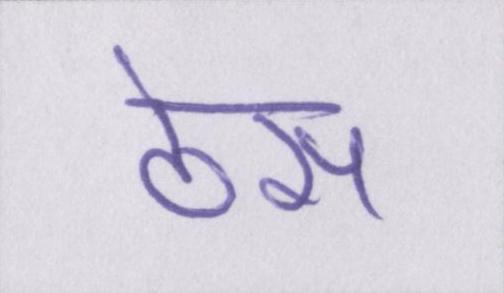
ठेस